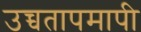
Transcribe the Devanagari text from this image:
उच्चतापमापी